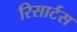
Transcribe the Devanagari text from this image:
रिसार्टस